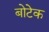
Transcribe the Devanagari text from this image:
बोटेक